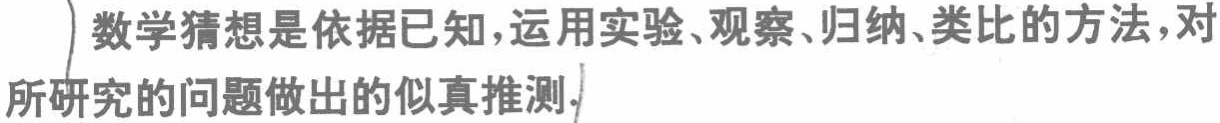
数学猜想是依据已知，运用实验、观察、归纳、类比的方法，对所研究的问题做出的似真推测.